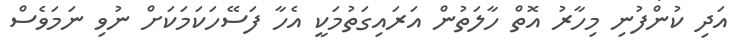
އަދި ކުންފުނި މިހާރު އޮތް ހާލަތުން އަރައިގަތުމަކީ އެހާ ފަސޭހަކަމަކަށް ނުވި ނަމަވެސް